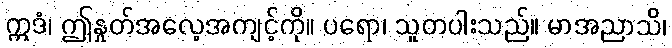
ဣဒံ၊ ဤနှုတ်အလေ့အကျင့်ကို။ ပရော၊ သူတပါးသည်။ မာအညာသိ၊